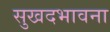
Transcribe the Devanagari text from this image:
सुखदभावना